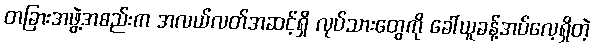
တခြားအဖွဲ့အစည်းက အလယ်လတ်အဆင့်ရှိ လုပ်သားတွေကို ခေါ်ယူခန့်အပ်လေ့ရှိတဲ့